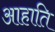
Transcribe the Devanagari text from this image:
आहाति